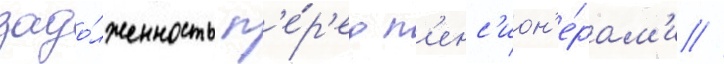
задо́лженность п'е́р'ед п'енс'ион'е́рам'и //